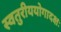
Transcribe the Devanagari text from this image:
स्वतुरीययोगादक्षः